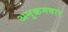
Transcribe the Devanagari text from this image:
अनुक्रमवार